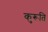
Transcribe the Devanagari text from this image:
कुरूति